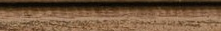
عروض مميزة